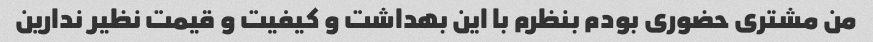
من مشتری حضوری بودم بنظرم با این بهداشت و کیفیت و قیمت نظیر ندارین